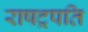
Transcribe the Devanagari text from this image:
राषट्रपति